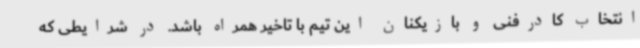
انتخاب کادرفنی و بازیکنان این تیم با تاخیر همراه باشد. در شرایطی که